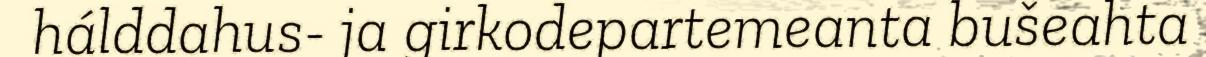
hálddahus- ja girkodepartemeanta bušeahta